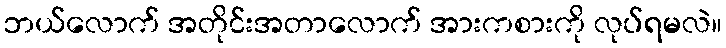
ဘယ်လောက် အတိုင်းအတာလောက် အားကစားကို လုပ်ရမလဲ။